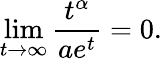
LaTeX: \operatorname*{lim}_{t\rightarrow\infty}{\frac{t^{\alpha}}{ae^{t}}}=0.